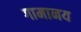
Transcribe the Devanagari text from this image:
गामानय